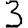
Digit: 3